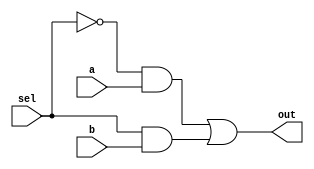
module mux21(input a,b,sel,output out);
assign out = (~sel & a) | (sel & b);
endmodule